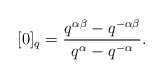
\begin{align*}[0]_q= \frac{q^{\alpha\beta}-q^{-\alpha\beta}}{q^\alpha - q^{-\alpha}} .\end{align*}